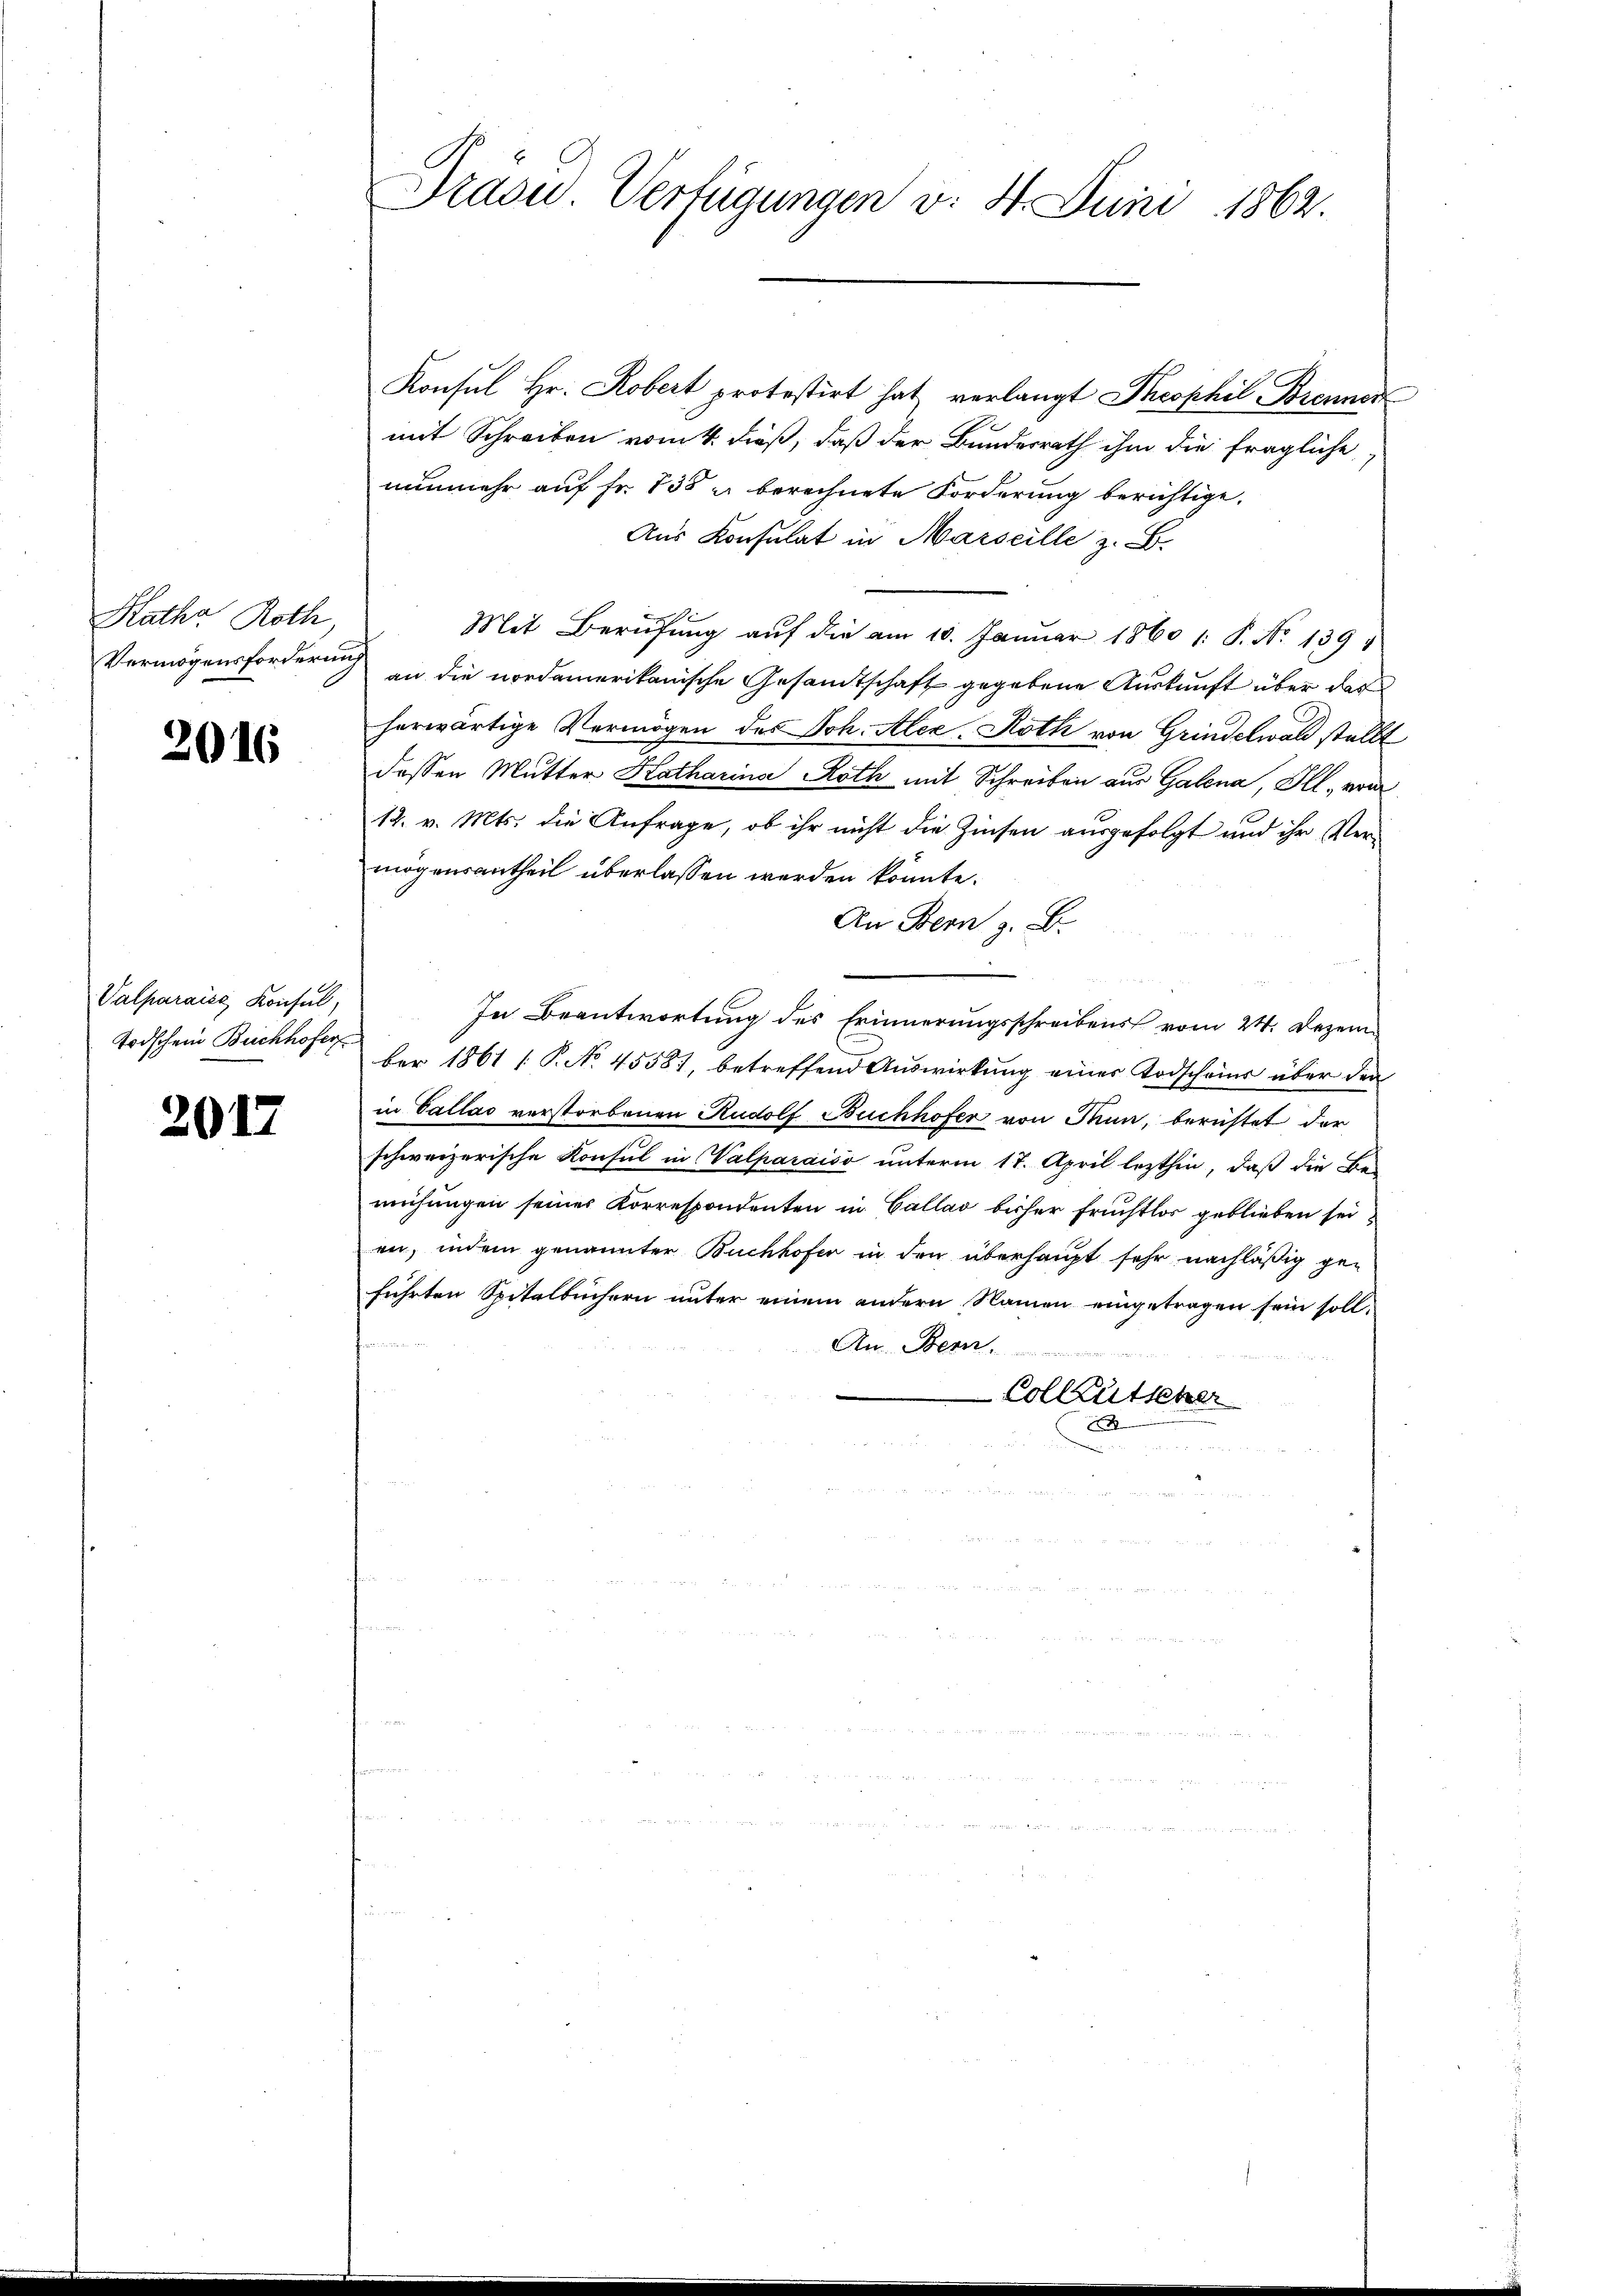
Ratha Roth,

2016

Valparaise Konsul,

2017

Drasu. Verfügungen v. 4. Juni 1862.

Konsul Hr. Robert protestirt hat, verlangt Theophil Brenner
mit Schreiben vom 4. dieß, daß der Bundesrath ihm die fragliche
nunmehr auf Fr. 138 u. berechnete Forderung berichtige.
Aus Konsulat in Marseille z. B.
Mit Berufung auf die am 10. Januar 1860 1: P. Nr. 139.
Vermögensforderung an die nordamerikanische Gesamtschaft gegebene Auskunft über das
herwärtige Vermögen des Joh. Alex. Roth von Grindelwald stellt
dessen Mutter Katharina Roth mit Schreiben aus Galena, Ill. vom
12. v. Mts. die Anfrage, ob ihr nicht die Zinsen ausgefolgt und ihr Vermögensantheil überlassen werden könnte.
An Bern z. B.
e
In Beantwortung des Erinnerungsschreibens vom 24. Dezem¬
Todschein Buchhofe der 1861 f. P. No. 45581, betreffend Aŭswirkŭng einer Todscheins über den
in Vallas verstorbenen Rudolf Buchhofer von Tun, berichtet der
schweizerische Konsul in Valparaiso unterm 17. April lezthin, daß die Be-
mühungen seines Korrespondenten in Callav bisher fruchtlos geblieben sei,
en, indem genannter Buchhofer in den überhaupt sehr nachläßig geführten Spitalbüchern unter einem andern Namen eingetragen sein soll¬
An Bern.
Colleütscher